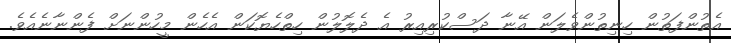
އެތުންފަތުން ހިނިތުންވެލަން އޭނާ ދަސްކުރިއިރު އެ ދެލޮލުން ހިތްހެޔޮކަން އެހެން މީހުންނަށް ފެންނާނެއެވެ.